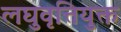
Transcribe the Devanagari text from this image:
लघुवृत्तियुक्त